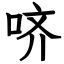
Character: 哜